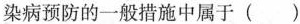
染病预防的一般措施中属于 ( )